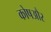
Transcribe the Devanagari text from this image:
कोषऔर